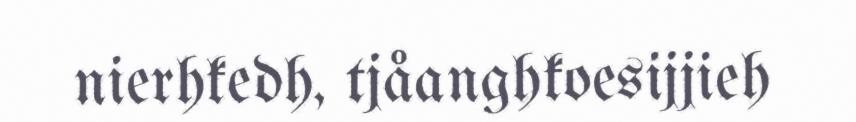
nierhkedh, tjåanghkoesijjieh